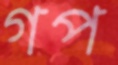
গপ